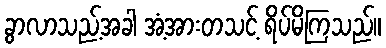
ခွာလာသည့်အခါ အံ့အားတသင့် ရိပ်မိကြသည်။